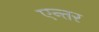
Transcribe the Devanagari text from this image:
एन्तर